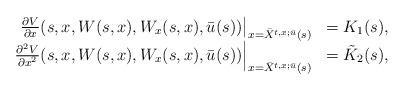
LaTeX: \begin{align*}\begin{array}[c]{rl}\left. \frac{\partial V}{\partial x}(s,x,W(s,x),W_{x}(s,x),\bar{u}(s))\right\vert _{x=\bar{X}^{t,x;\bar{u}}(s)} & =K_{1}(s),\\\left. \frac{\partial^{2}V}{\partial x^{2}}(s,x,W(s,x),W_{x}(s,x),\bar{u}(s))\right\vert_{x=\bar{X}^{t,x;\bar{u}}(s)} & =\tilde{K}_{2}(s),\end{array}\end{align*}